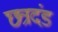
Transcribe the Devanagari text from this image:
छत्रदंड